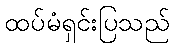
ထပ်မံရှင်းပြသည်